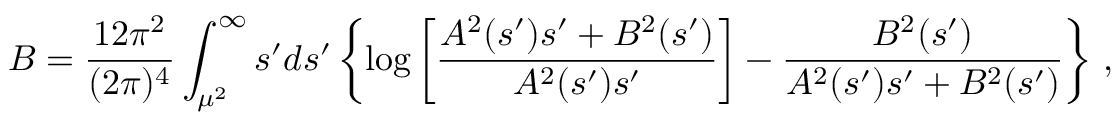
{ \cal { B } } = \frac { 1 2 \pi ^ { 2 } } { ( 2 \pi ) ^ { 4 } } \int _ { \mu ^ { 2 } } ^ { \infty } s ^ { \prime } d s ^ { \prime } \left\{ \log \left[ \frac { A ^ { 2 } ( s ^ { \prime } ) s ^ { \prime } + B ^ { 2 } ( s ^ { \prime } ) } { A ^ { 2 } ( s ^ { \prime } ) s ^ { \prime } } \right] - \frac { B ^ { 2 } ( s ^ { \prime } ) } { A ^ { 2 } ( s ^ { \prime } ) s ^ { \prime } + B ^ { 2 } ( s ^ { \prime } ) } \right\} \, ,